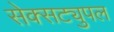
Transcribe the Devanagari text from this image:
सेक्सट्युपल